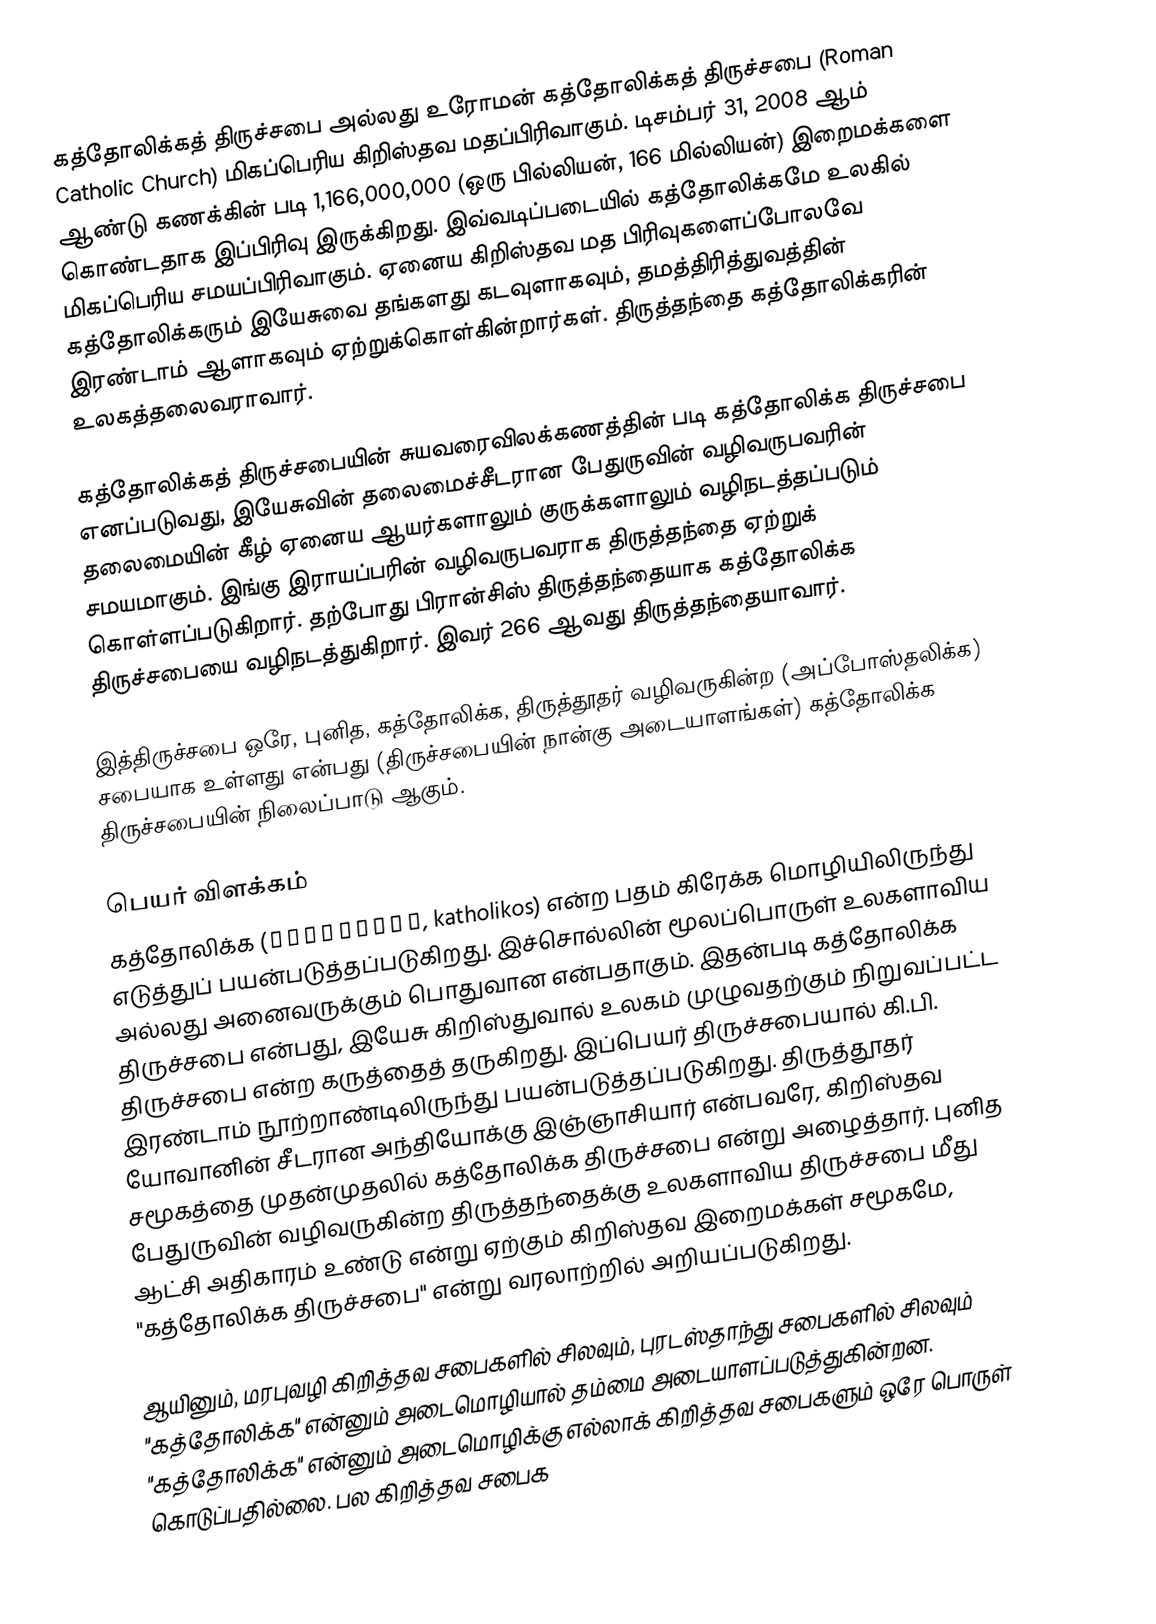
கத்தோலிக்கத் திருச்சபை அல்லது உரோமன் கத்தோலிக்கத் திருச்சபை (Roman Catholic Church) மிகப்பெரிய கிறிஸ்தவ மதப்பிரிவாகும். டிசம்பர் 31, 2008 ஆம் ஆண்டு கணக்கின் படி 1,166,000,000 (ஒரு பில்லியன், 166 மில்லியன்) இறைமக்களை கொண்டதாக இப்பிரிவு இருக்கிறது. இவ்வடிப்படையில் கத்தோலிக்கமே உலகில் மிகப்பெரிய சமயப்பிரிவாகும். ஏனைய கிறிஸ்தவ மத பிரிவுகளைப்போலவே கத்தோலிக்கரும் இயேசுவை தங்களது கடவுளாகவும், தமத்திரித்துவத்தின் இரண்டாம் ஆளாகவும் ஏற்றுக்கொள்கின்றார்கள். திருத்தந்தை கத்தோலிக்கரின் உலகத்தலைவராவார்.

கத்தோலிக்கத் திருச்சபையின் சுயவரைவிலக்கணத்தின் படி கத்தோலிக்க திருச்சபை எனப்படுவது, இயேசுவின் தலைமைச்சீடரான பேதுருவின் வழிவருபவரின் தலைமையின் கீழ் ஏனைய ஆயர்களாலும் குருக்களாலும் வழிநடத்தப்படும் சமயமாகும். இங்கு இராயப்பரின் வழிவருபவராக திருத்தந்தை ஏற்றுக் கொள்ளப்படுகிறார். தற்போது பிரான்சிஸ் திருத்தந்தையாக கத்தோலிக்க திருச்சபையை வழிநடத்துகிறார். இவர் 266 ஆவது திருத்தந்தையாவார்.

இத்திருச்சபை ஒரே, புனித, கத்தோலிக்க, திருத்தூதர் வழிவருகின்ற (அப்போஸ்தலிக்க) சபையாக உள்ளது என்பது (திருச்சபையின் நான்கு அடையாளங்கள்) கத்தோலிக்க திருச்சபையின் நிலைப்பாடு ஆகும்.

பெயர் விளக்கம்
கத்தோலிக்க (καθολικός, katholikos) என்ற பதம் கிரேக்க மொழியிலிருந்து எடுத்துப் பயன்படுத்தப்படுகிறது. இச்சொல்லின் மூலப்பொருள் உலகளாவிய அல்லது அனைவருக்கும் பொதுவான என்பதாகும். இதன்படி கத்தோலிக்க திருச்சபை என்பது, இயேசு கிறிஸ்துவால் உலகம் முழுவதற்கும் நிறுவப்பட்ட திருச்சபை என்ற கருத்தைத் தருகிறது. இப்பெயர் திருச்சபையால் கி.பி. இரண்டாம் நூற்றாண்டிலிருந்து பயன்படுத்தப்படுகிறது. திருத்தூதர் யோவானின் சீடரான அந்தியோக்கு இஞ்ஞாசியார் என்பவரே, கிறிஸ்தவ சமூகத்தை முதன்முதலில் கத்தோலிக்க திருச்சபை என்று அழைத்தார். புனித பேதுருவின் வழிவருகின்ற திருத்தந்தைக்கு உலகளாவிய திருச்சபை மீது ஆட்சி அதிகாரம் உண்டு என்று ஏற்கும் கிறிஸ்தவ இறைமக்கள் சமூகமே, "கத்தோலிக்க திருச்சபை" என்று வரலாற்றில் அறியப்படுகிறது.

ஆயினும், மரபுவழி கிறித்தவ சபைகளில் சிலவும், புரடஸ்தாந்து சபைகளில் சிலவும் "கத்தோலிக்க" என்னும் அடைமொழியால் தம்மை அடையாளப்படுத்துகின்றன. "கத்தோலிக்க" என்னும் அடைமொழிக்கு எல்லாக் கிறித்தவ சபைகளும் ஒரே பொருள் கொடுப்பதில்லை. பல கிறித்தவ சபைக